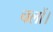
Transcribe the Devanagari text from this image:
चलों।